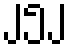
၂၅၂